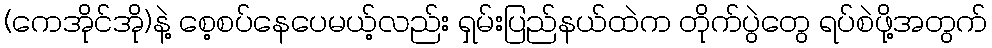
(ကေအိုင်အို)နဲ့ စေ့စပ်နေပေမယ့်လည်း ရှမ်းပြည်နယ်ထဲက တိုက်ပွဲတွေ ရပ်စဲဖို့အတွက်